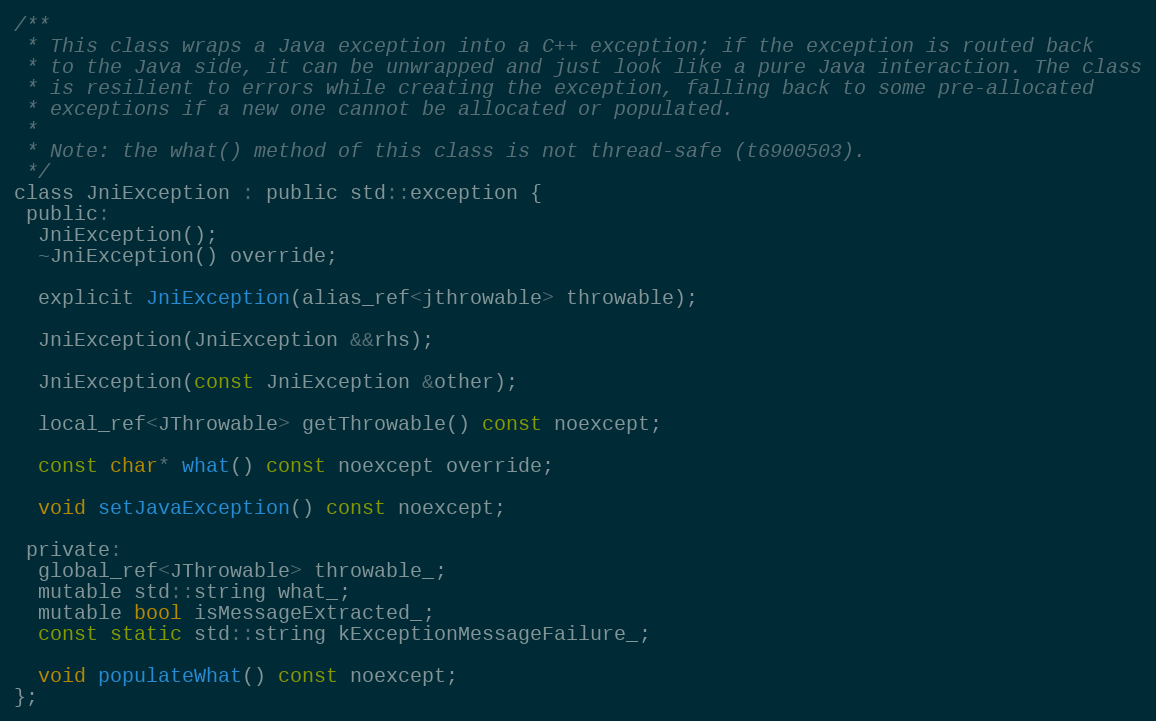
Language: C
/**
 * This class wraps a Java exception into a C++ exception; if the exception is routed back
 * to the Java side, it can be unwrapped and just look like a pure Java interaction. The class
 * is resilient to errors while creating the exception, falling back to some pre-allocated
 * exceptions if a new one cannot be allocated or populated.
 *
 * Note: the what() method of this class is not thread-safe (t6900503).
 */
class JniException : public std::exception {
 public:
  JniException();
  ~JniException() override;

  explicit JniException(alias_ref<jthrowable> throwable);

  JniException(JniException &&rhs);

  JniException(const JniException &other);

  local_ref<JThrowable> getThrowable() const noexcept;

  const char* what() const noexcept override;

  void setJavaException() const noexcept;

 private:
  global_ref<JThrowable> throwable_;
  mutable std::string what_;
  mutable bool isMessageExtracted_;
  const static std::string kExceptionMessageFailure_;

  void populateWhat() const noexcept;
};